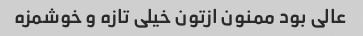
عالی بود ممنون ازتون خیلی تازه و خوشمزه